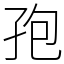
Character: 孢